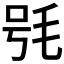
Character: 𣭖